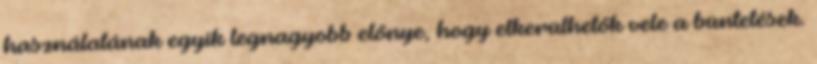
használatának egyik legnagyobb előnye, hogy elkerülhetők vele a büntetések.